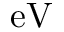
\mathrm { e V }